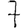
Digit: 7